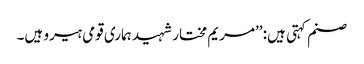
صنم کہتی ہیں: ’’مریم مختار شہید ہماری قومی ہیرو ہیں۔